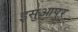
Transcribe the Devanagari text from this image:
इसुआपुर